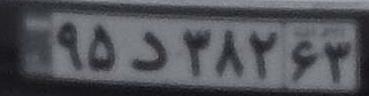
۹۵د۳۸۲۶۳